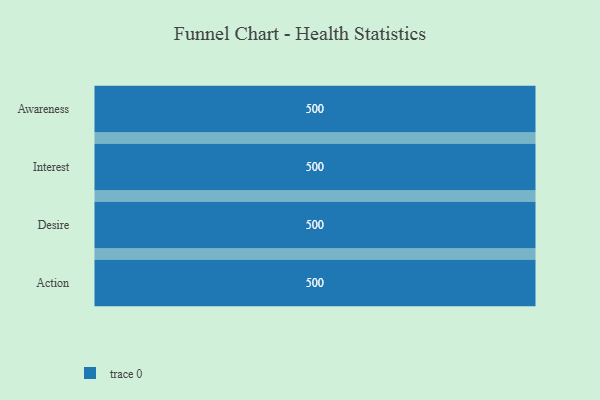
{"axis": {"x": "Stage", "y": "Value"}, "legend": [""], "data": [{"x": "Awareness", "y": 500, "type": ""}, {"x": "Interest", "y": 500, "type": ""}, {"x": "Desire", "y": 500, "type": ""}, {"x": "Action", "y": 500, "type": ""}]}